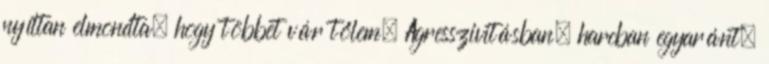
nyíltan elmondta, hogy többet vár tőlem. Agresszivitásban, harcban egyaránt.